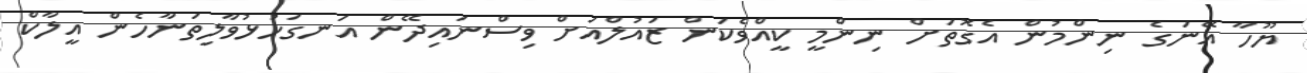
ޔޫހާ އޭނަގެ ނިންމުން އެގޮތަށް ނިންމީ ކީއްވެކަން ޒައުލްއަށް ވިސްނައިދޭން އަނގަހުޅުވާލިތަނާހެން އީލާކް